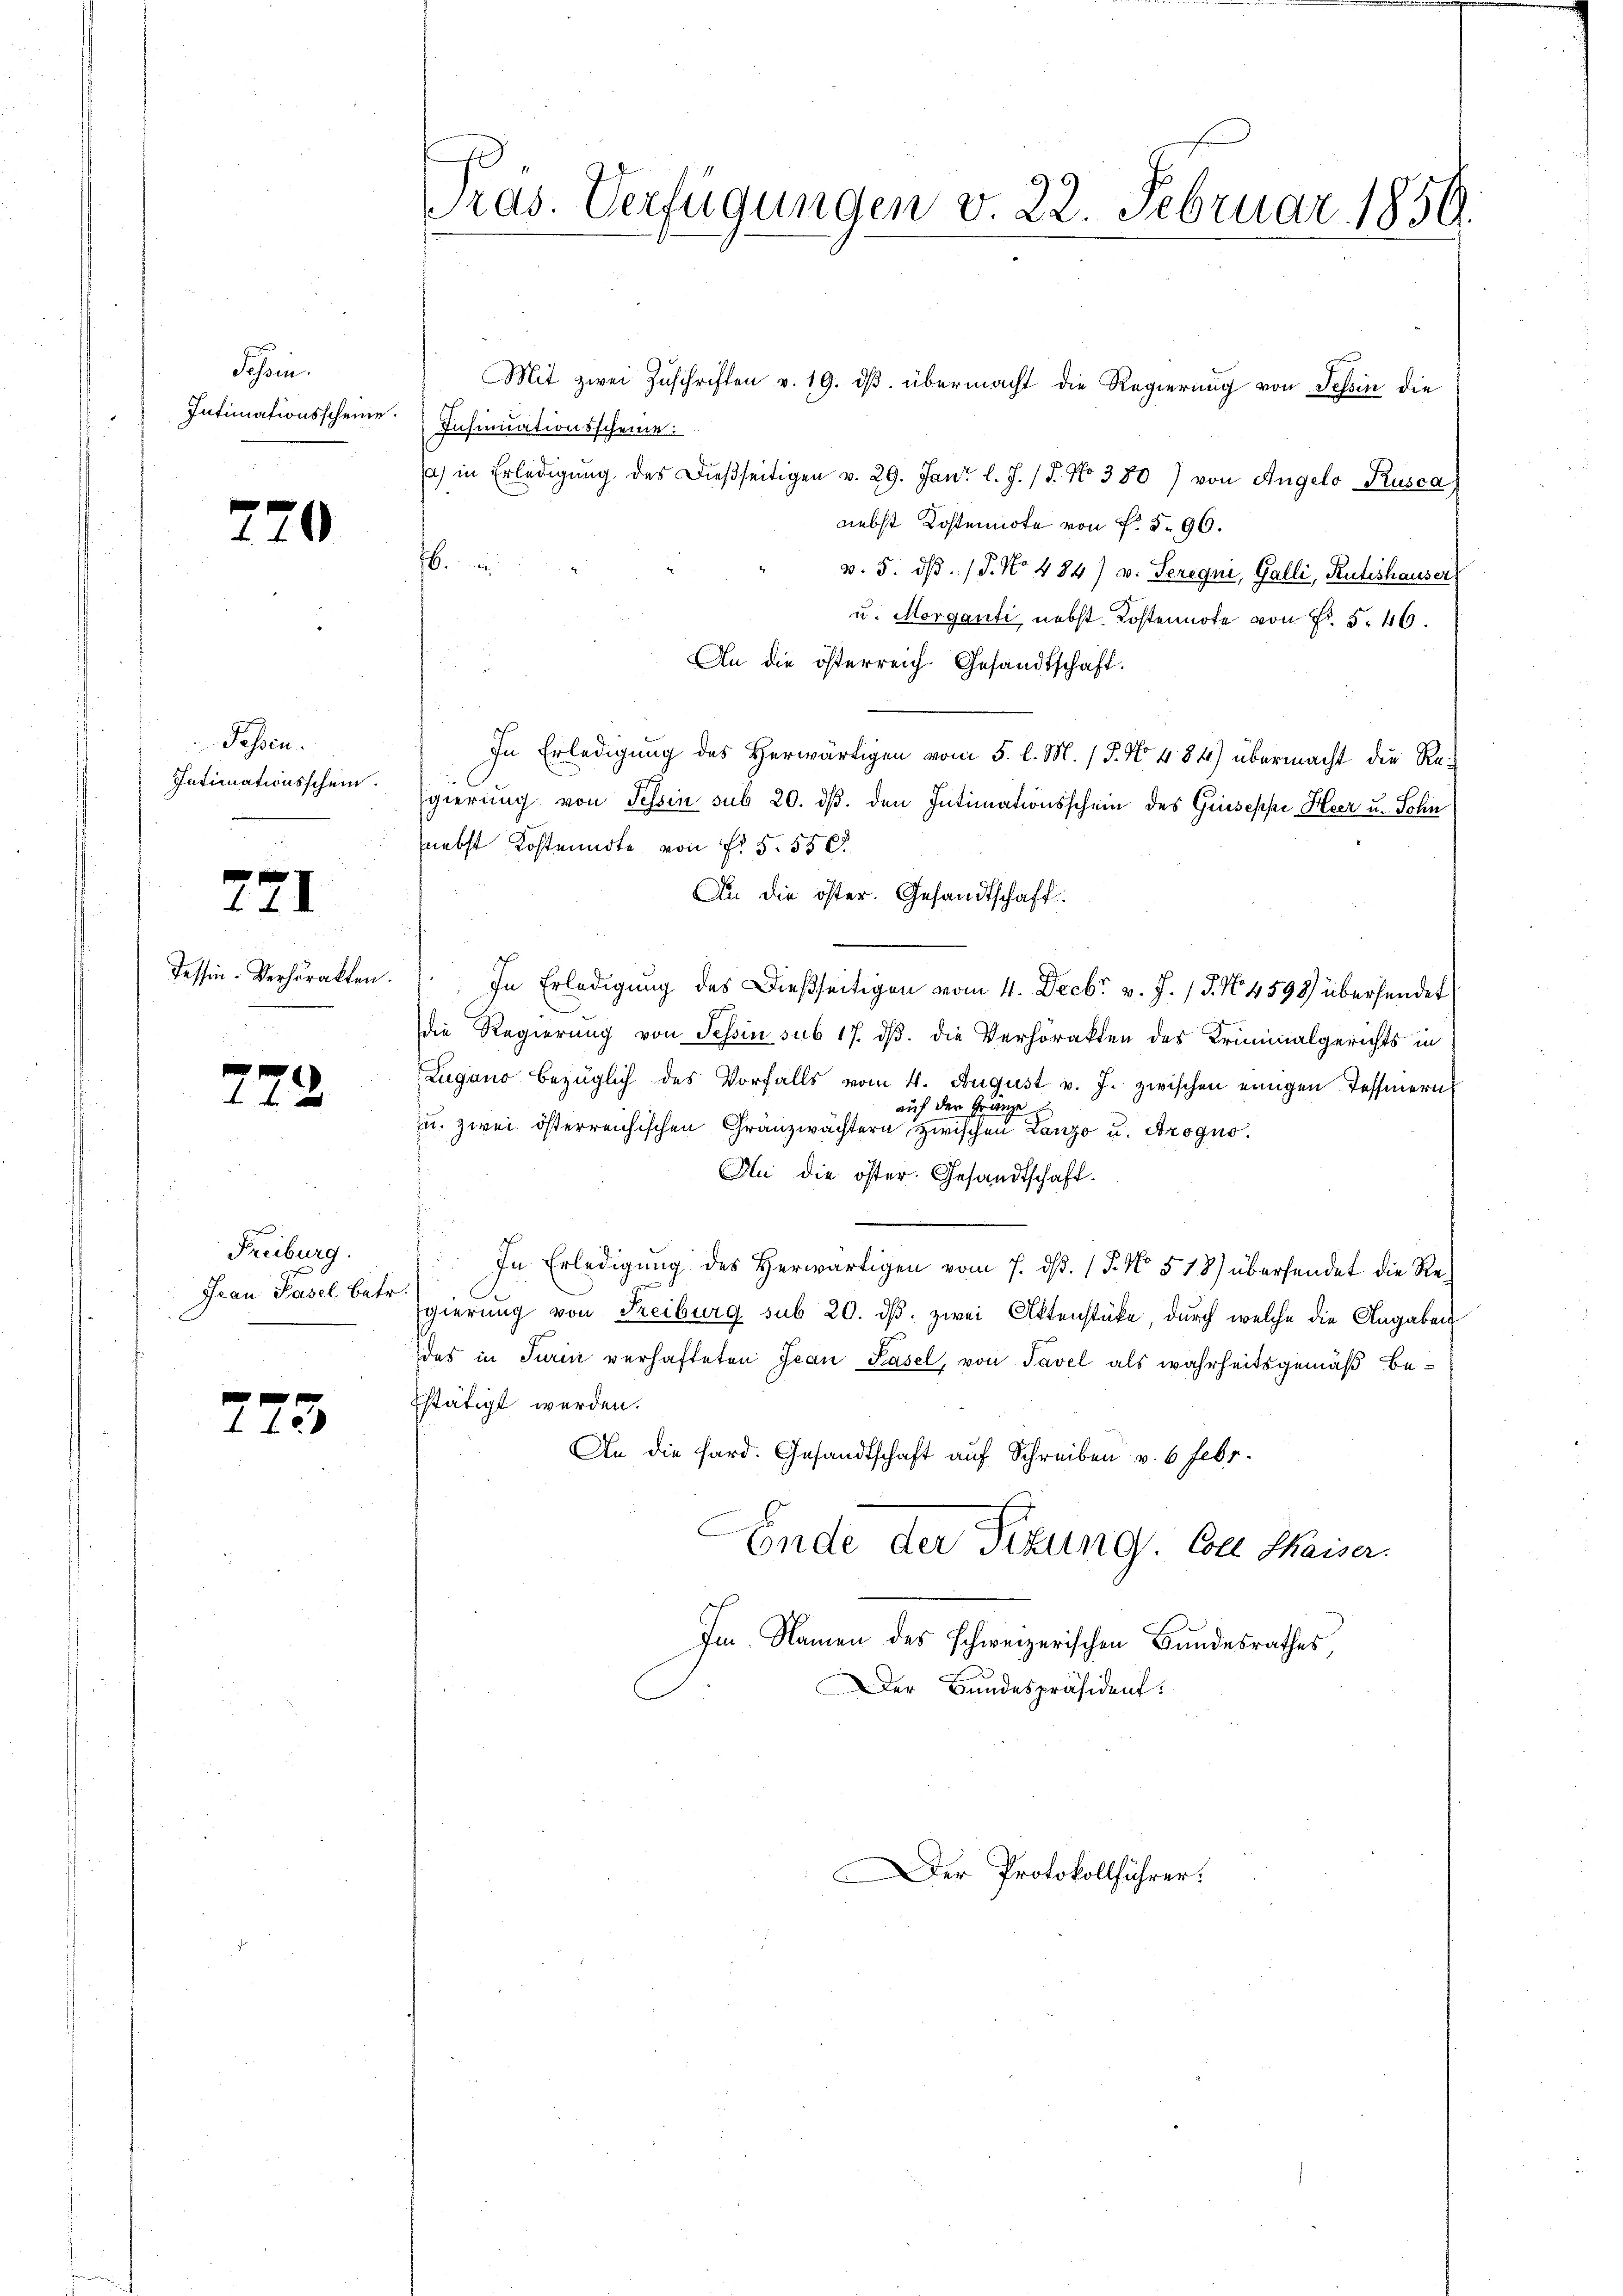
Tessin.
Intimationsscheine.

720

Passen.
Intimationsschein.

721

Tessin-Verhörakten.

772

Freiburg.
Frau Pasel betr.

773

ras. Verfügungen v. 22. Februar 1859.

Mit zwei Zuschriften v. 19. dβ übermacht die Regierung von Schin die
Insinuationsscheine:
a) in Erledigŭng des dießseitigen v. 29. Jan. l. J. / 5. No 380) von Angelo Rusca)
nebst Kostennote von Nr. 5. 96.
.
v. 5. ds. (T. No 484) v. Seregen, Galli, Ruteshauser
u. Morganti nebst Kostennote von Fr. 5. 46.
An die österreich. Gesandtschaft.
In Erledigung des Herwärtigen vom 5. l. M. P. No 484) übermacht die Re¬
Egierung von Schin sub 20. ds. den Intimationsschein des Giuseppe Heer u. Sohn
nebst Kostenndte von §. 5. 550
An die öster. Gesandtschaft
In Erledigung des Dießseitigen vom 4. Decbr v. J. J. N. 4598) übersendet
die Regierung von Tessin sub 17. dβ. die Verhörakten des Kriminalgerichts in
Lugano bezüglich des Vorfalls vom 4. August v. J. zwischen einigen Tessinern
auf der Gränze
u. zwei österreichischen Gränzwächtern zwischen Lanzo u. Arogno¬
An die öster. Gesandtschaft.
In Erledigung des Herwärtigen vom 7. d. 1 P. No 518) übersendet die Regierung von Freiburg sub 20. dβ. zwei Aktenstücke, durch welche die Angaben
des in Turin verhafteten Jean Pasel, von Tavel als wahrheitsgemäß be¬
Estätigt werden.
An die Hard. Gesandtschaft auf Schreiben v. 6. Febr.
Ende der Tizung. Coll Kaiser.
Im Namen des schweizerischen Bundesrathes
Der Bundespräsident:

er Protokollführer: